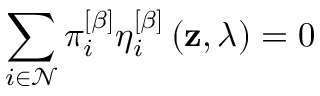
\sum _ { i \in \mathcal { N } } \pi _ { i } ^ { \left[ \beta \right] } \eta _ { i } ^ { \left[ \beta \right] } \left( \mathbf { z } , \lambda \right) = 0